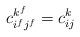
LaTeX: \begin{align*}c_{i^f j^f}^{k^f}=c_{ij}^{k}\end{align*}